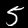
Digit: 5